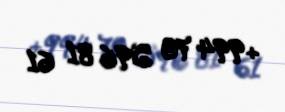
+994 70 596 81 61